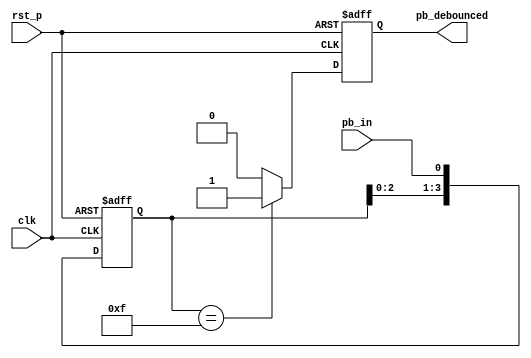
`timescale 1ns / 1ps
//////////////////////////////////////////////////////////////////////////////////
// Company: 
// Engineer: 
// 
// Design Name: 
// Module Name: debounce
// Project Name: 
// Target Devices: 
// Tool Versions: 
// Description: 
// 
// Dependencies: 
// 
// Revision:
// Revision 0.01 - File Created
// Additional Comments:
// 
//////////////////////////////////////////////////////////////////////////////////


module debounce(
    input pb_in,
    input clk,
    input rst_p,
    output reg pb_debounced
    );
    reg pb_debounced_next;
    reg [3:0]debounce_window;
    
always @(posedge clk or posedge rst_p)
    if (rst_p)
        debounce_window <= 4'b1111;
    else
        debounce_window <= {debounce_window[2:0], pb_in};

always @*
    if (debounce_window == 4'b1111)
        pb_debounced_next = 1'b1;
    else
        pb_debounced_next = 1'b0;

always @(posedge clk or posedge rst_p)
    if (rst_p)
        pb_debounced <= 1'b1;
    else
        pb_debounced <= pb_debounced_next;    
    
endmodule